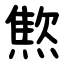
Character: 燞